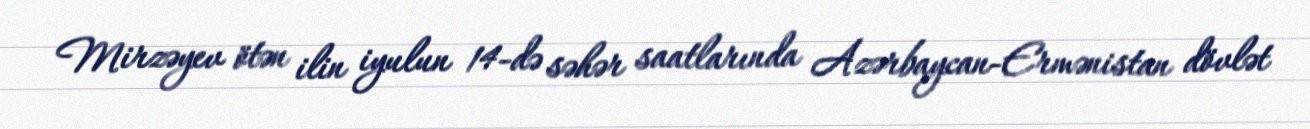
Mirzəyev ötən ilin iyulun 14-də səhər saatlarında Azərbaycan-Ermənistan dövlət